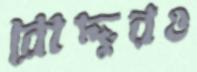
রোদ্দুরও